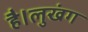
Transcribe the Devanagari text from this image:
है।लुखंग